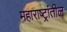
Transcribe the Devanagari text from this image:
महाराष्ट्रांतील